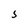
Character: 5